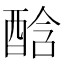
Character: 䣻